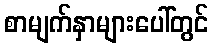
စာမျက်နှာများပေါ်တွင်